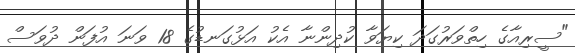
"ސީރިއާގެ ހިތްވަރުގަދަ ކިޔަވާ ކުދިންނާ އެކު އަޅުގަނޑުގެ 18 ވަނަ އުފަން ދުވަސް